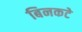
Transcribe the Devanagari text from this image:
बिनकटे